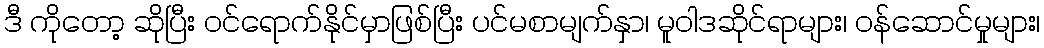
ဒီ ကိုတော့ ဆိုပြီး ဝင်ရောက်နိုင်မှာဖြစ်ပြီး ပင်မစာမျက်နှာ၊ မူဝါဒဆိုင်ရာများ၊ ဝန်ဆောင်မှုများ၊